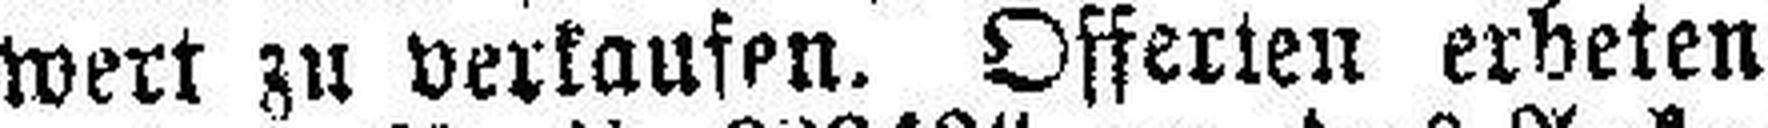
wert zu verkaufen. Offerten erbeten